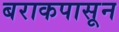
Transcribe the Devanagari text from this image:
बराकपासून